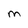
Character: M